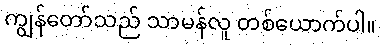
ကျွန်တော်သည် သာမန်လူ တစ်ယောက်ပါ။